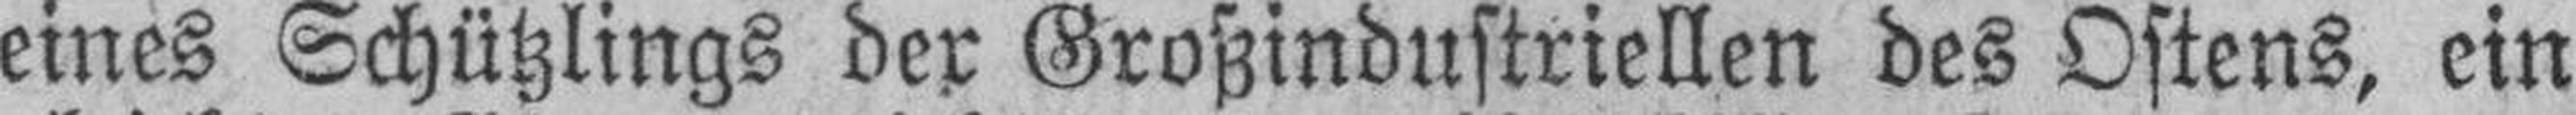
eines Schützlings der Großindustriellen des Ostens, ein